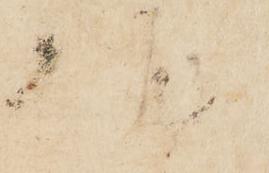
様